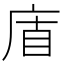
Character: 𢈬